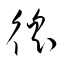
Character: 徭